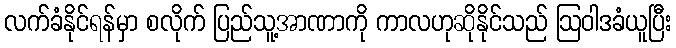
လက်ခံနိုင်ရန်မှာ စလိုက် ပြည်သူ့အာဏာကို ကာလဟုဆိုနိုင်သည် ဩဝါဒခံယူပြီး